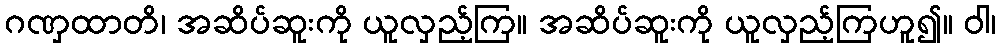
ဂဏှထာတိ၊ အဆိပ်ဆူးကို ယူလှည့်ကြ။ အဆိပ်ဆူးကို ယူလှည့်ကြဟူ၍။ ဝါ၊